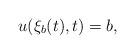
LaTeX: \begin{align*}u(\xi_b(t), t)=b,\end{align*}